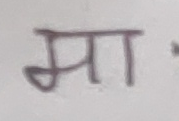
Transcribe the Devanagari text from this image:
मा